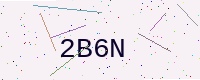
Text: 2B6N